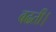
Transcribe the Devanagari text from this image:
बढती।